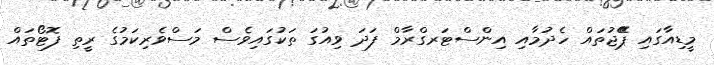
މީޑިއާގައި ޕޭޭޖުތައް ހެދުމާއި އިންސްޓަރގްރާމް ފަދަ ވިއުގަ ތަކުގައިވެސް މަސްވެރިކަމުގެ ރީތި ފޮޓޯތައް